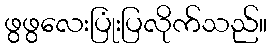
ဖွဖွလေးပြုံးပြလိုက်သည်။